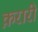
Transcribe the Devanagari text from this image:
क़रारी